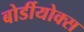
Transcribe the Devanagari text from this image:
बोर्डीयोक्स